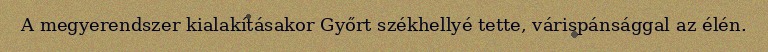
A megyerendszer kialakításakor Győrt székhellyé tette, várispánsággal az élén.